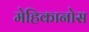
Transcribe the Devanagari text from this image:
मेहिकानोस